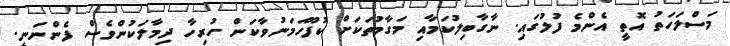
މަސްލަހަތު އޮތީ އެންމެ ފުލުގައި. ނާގާބިލުކަމާއި މަގާމުތަކަށް ކުފޫހަމަނުވާކަން ހުރިހާ ދިމާލަކުންވެސް ފެންނަނީ.